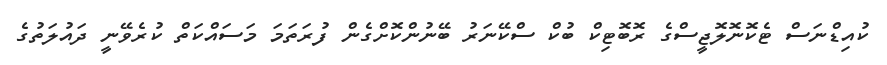
ކުއިޑްނަސް ޓެކޮނޮލޮޖީސްގެ ރޮބޮޓިކް ބުކް ސްކޭނަރު ބޭނުންކޮށްގެން ފުރަތަމަ މަސައްކަތް ކުރެވޭނީ ދައުލަތުގެ